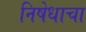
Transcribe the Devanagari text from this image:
निषेधाचा